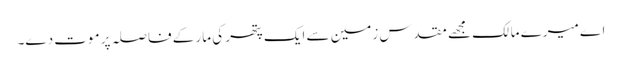
اے میرے مالک مجھے مقدس زمین سے ایک پتھر کی مار کے فاصلہ پر موت دے۔